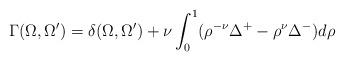
LaTeX: \begin{align*}\Gamma (\Omega ,\Omega^{\prime}) = \delta (\Omega ,\Omega^{\prime}) +\nu\int^1_0 (\rho^{-\nu} \Delta^+ - \rho^\nu \Delta^-) d\rho\end{align*}